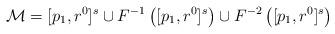
LaTeX: \begin{align*}\mathcal M=[p_1,r^0]^s\cup F^{-1}\left([p_1,r^0]^s\right)\cup F^{-2}\left([p_1,r^0]^s\right)\end{align*}